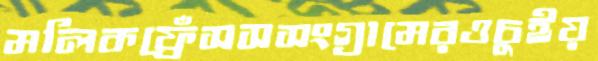
মলিকফ্রেঁসসসংগ্রামেরওচুইয়